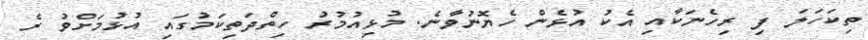
ތިކަހަލަ ފި ރިހެނަކާއި އެކު އުޅެން ހެޔޮނުވާނެ. މުޅިއުމުރު ހިތްދަތިކަމުގައި އުޅުމަށްވު ރެ